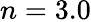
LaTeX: n=3.0